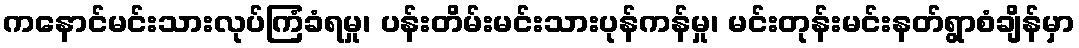
ကနောင်မင်းသားလုပ်ကြံခံရမှု၊ ပန်းတိမ်းမင်းသားပုန်ကန်မှု၊ မင်းတုန်းမင်းနတ်ရွာစံချိန်မှာ